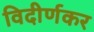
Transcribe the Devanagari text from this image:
विदीर्णकर